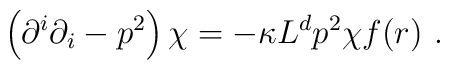
\left( \partial^i\partial_i-p^2\right)\chi= -\kappa L^d p^2\chi f(r)~.